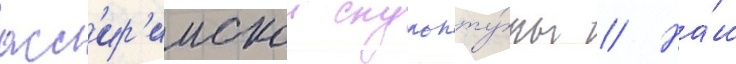
асс'ир'иискои скульпту́ры // На́ш